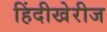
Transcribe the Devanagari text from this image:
हिंदीखेरीज